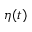
\eta ( t )